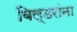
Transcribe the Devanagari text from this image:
बिल्डरांना